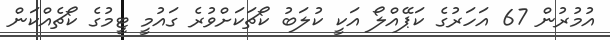
އުމުރުން 67 އަހަރުގެ ކަޕޭއްލޯ އަކީ ކުލަބު ކޯޗަކަށްވުރެ ގައުމީ ޓީމުގެ ކޯޗެއްކަން